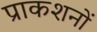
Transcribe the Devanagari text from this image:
प्राकशनों